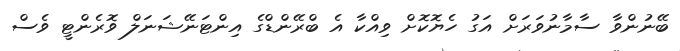
ބޭނުންވާ ސާމާނުވަރަށް އަގު ހެޔޮކޮށް ވިއްކާ އެ ބްރޭންޑްގެ އިންޓަނޭޝަނަލް ވޮރެންޓީ ވެސް